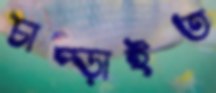
চাপ্‌ড়াইত